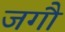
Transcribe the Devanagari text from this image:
जगौ